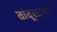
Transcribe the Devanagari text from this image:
तांदूलाचा